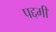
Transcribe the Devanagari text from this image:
पद्दमी